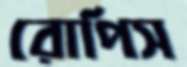
রোপিস